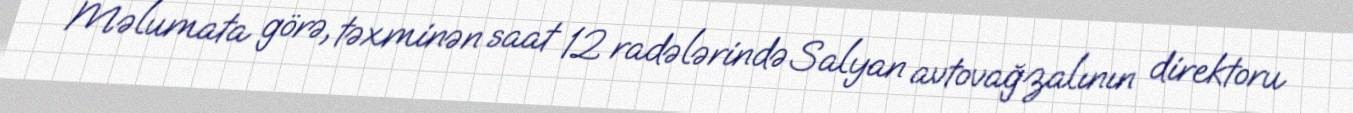
Məlumata görə, təxminən saat 12 radələrində Salyan avtovağzalının direktoru